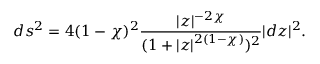
d s ^ { 2 } = 4 ( 1 - \chi ) ^ { 2 } \frac { | z | ^ { - 2 \chi } } { ( 1 + | z | ^ { 2 ( 1 - \chi ) } ) ^ { 2 } } | d z | ^ { 2 } .